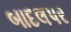
બાદલપર